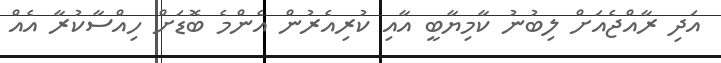
އަދި ރާއްޖެއަށް ލިބުނު ކާމިޔާބީ އާއި ކުރިއެރުން އެންމެ ބޮޑަށް ހިއްސާކުރާ އެއް